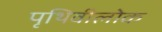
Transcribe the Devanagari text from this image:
पृथिवीलोक